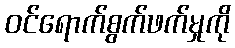
ဝင်ရောက်စွက်ဖက်မှုကို